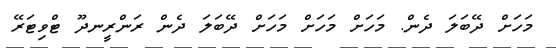
މަހަށް ދޭބަލަ ދެން. މަހަށް މަހަށް މަހަށް ދޭބަލަ ދެން ރަންރީނދޫ ޓްވިޓަރޭ